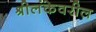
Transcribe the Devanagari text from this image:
श्रीलंकेवरील